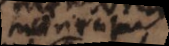
moriuntur